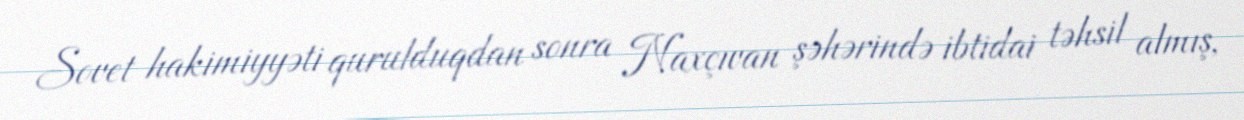
Sovet hakimiyyəti qurulduqdan sonra Naxçıvan şəhərində ibtidai təhsil almış,